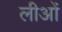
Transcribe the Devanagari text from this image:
लीओं